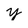
Character: y